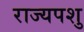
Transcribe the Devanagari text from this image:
राज्यपशु